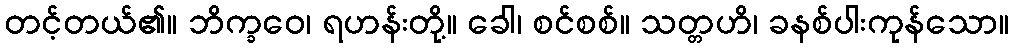
တင့်တယ်၏။ ဘိက္ခဝေ၊ ရဟန်းတို့။ ခေါ၊ စင်စစ်။ သတ္တဟိ၊ ခနစ်ပါးကုန်သော။